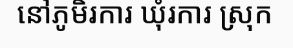
នៅភូមិរការ ឃុំរការ ស្រុក